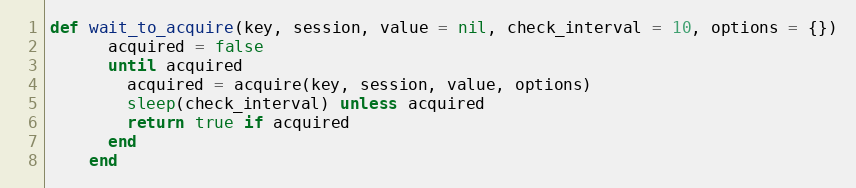
Language: Ruby
def wait_to_acquire(key, session, value = nil, check_interval = 10, options = {})
      acquired = false
      until acquired
        acquired = acquire(key, session, value, options)
        sleep(check_interval) unless acquired
        return true if acquired
      end
    end